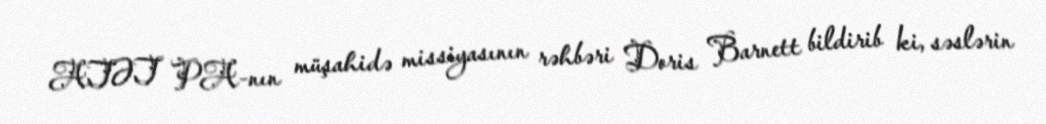
ATƏT PA-nın müşahidə missiyasının rəhbəri Doris Barnett bildirib ki, səslərin